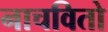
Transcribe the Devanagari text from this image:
नाचवितो